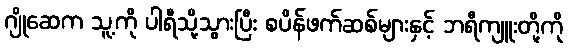
ဂျိုဆေက သူ့ကို ပါရီသို့သွားပြီး စပိန်ဖက်ဆစ်များနှင့် ဘရီကျူးတို့ကို